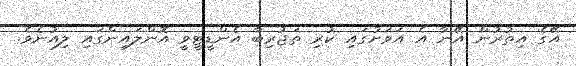
އޭގެ އިތުރުން އޭނާ އެ އަވަށުގައި ކުރި ތަޖުރިބާ އެންޑީޓީވީ އޮންލައިންގައި ލިއުނެވެ.